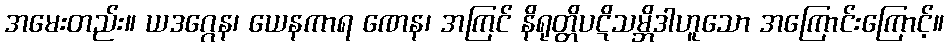
အမေးတည်း။ ယဒဂ္ဂေန၊ ယေနကာရ ဏေန၊ အကြင် နိရုတ္တိပဋိသမ္ဘိဒါဟူသော အကြောင်းကြောင့်။